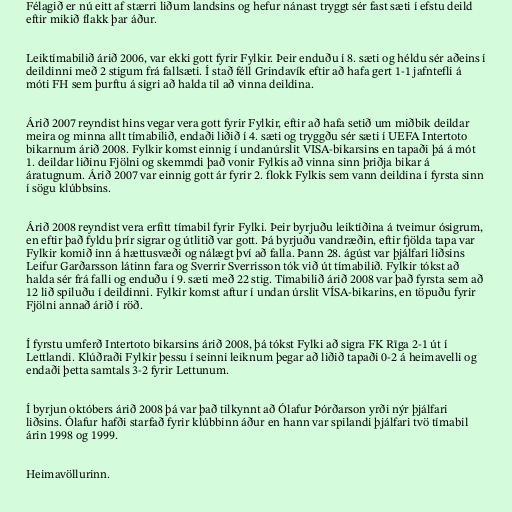
Félagið er nú eitt af stærri liðum landsins og hefur nánast tryggt sér fast sæti í efstu deild
eftir mikið flakk þar áður.

Leiktímabilið árið 2006, var ekki gott fyrir Fylkir. Þeir enduðu í 8. sæti og héldu sér aðeins í
deildinni með 2 stigum frá fallsæti. Í stað féll Grindavík eftir að hafa gert 1-1 jafntefli á
móti FH sem þurftu á sigri að halda til að vinna deildina.

Árið 2007 reyndist hins vegar vera gott fyrir Fylkir, eftir að hafa setið um miðbik deildar
meira og minna allt tímabilið, endaði liðið í 4. sæti og tryggðu sér sæti í UEFA Intertoto
bikarnum árið 2008. Fylkir komst einnig í undanúrslit VISA-bikarsins en tapaði þá á mót
1. deildar liðinu Fjölni og skemmdi það vonir Fylkis að vinna sinn þriðja bikar á
áratugnum. Árið 2007 var einnig gott ár fyrir 2. flokk Fylkis sem vann deildina í fyrsta sinn
í sögu klúbbsins.

Árið 2008 reyndist vera erfitt tímabil fyrir Fylki. Þeir byrjuðu leiktíðina á tveimur ósigrum,
en eftir það fyldu þrír sigrar og útlitið var gott. Þá byrjuðu vandræðin, eftir fjölda tapa var
Fylkir komið inn á hættusvæði og nálægt því að falla. Þann 28. ágúst var þjálfari liðsins
Leifur Garðarsson látinn fara og Sverrir Sverrisson tók við út tímabilið. Fylkir tókst að
halda sér frá falli og enduðu í 9. sæti með 22 stig. Tímabilið árið 2008 var það fyrsta sem að
12 lið spiluðu í deildinni. Fylkir komst aftur í undan úrslit VÍSA-bikarins, en töpuðu fyrir
Fjölni annað árið í röð.

Í fyrstu umferð Intertoto bikarsins árið 2008, þá tókst Fylki að sigra FK Rīga 2-1 út í
Lettlandi. Klúðraði Fylkir þessu í seinni leiknum þegar að liðið tapaði 0-2 á heimavelli og
endaði þetta samtals 3-2 fyrir Lettunum.

Í byrjun októbers árið 2008 þá var það tilkynnt að Ólafur Þórðarson yrði nýr þjálfari
liðsins. Ólafur hafði starfað fyrir klúbbinn áður en hann var spilandi þjálfari tvö tímabil
árin 1998 og 1999.

Heimavöllurinn.